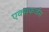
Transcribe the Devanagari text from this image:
एक्सकर्जंस